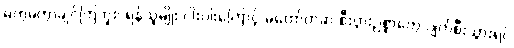
မကွဲမကွာချင်ကြဘူး၊ ရန်သူမျိုး ငါးပါးကြောင့် မတော်တဆ စီးပွားဥစ္စာတွေ ပျက်စီးသွားရင်